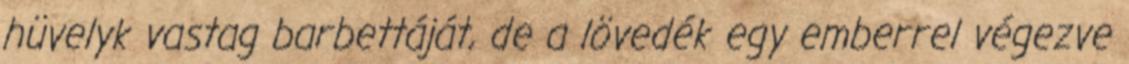
hüvelyk vastag barbettáját, de a lövedék egy emberrel végezve